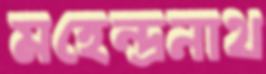
মহেন্দ্রনাথ